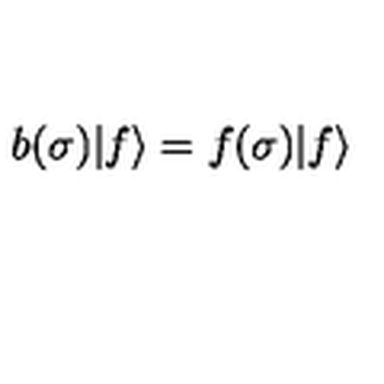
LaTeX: b ( \sigma ) | f \rangle = f ( \sigma ) | f \rangle